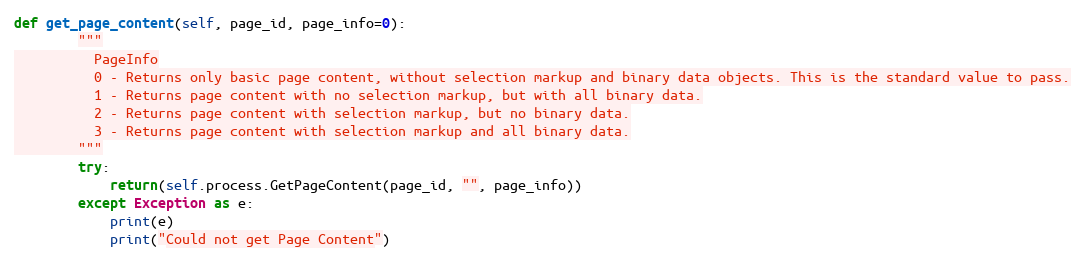
Language: Python
def get_page_content(self, page_id, page_info=0):
        """
          PageInfo
          0 - Returns only basic page content, without selection markup and binary data objects. This is the standard value to pass.
          1 - Returns page content with no selection markup, but with all binary data.
          2 - Returns page content with selection markup, but no binary data.
          3 - Returns page content with selection markup and all binary data.
        """
        try:
            return(self.process.GetPageContent(page_id, "", page_info))
        except Exception as e:
            print(e)
            print("Could not get Page Content")